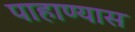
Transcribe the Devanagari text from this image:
पाहाण्यास